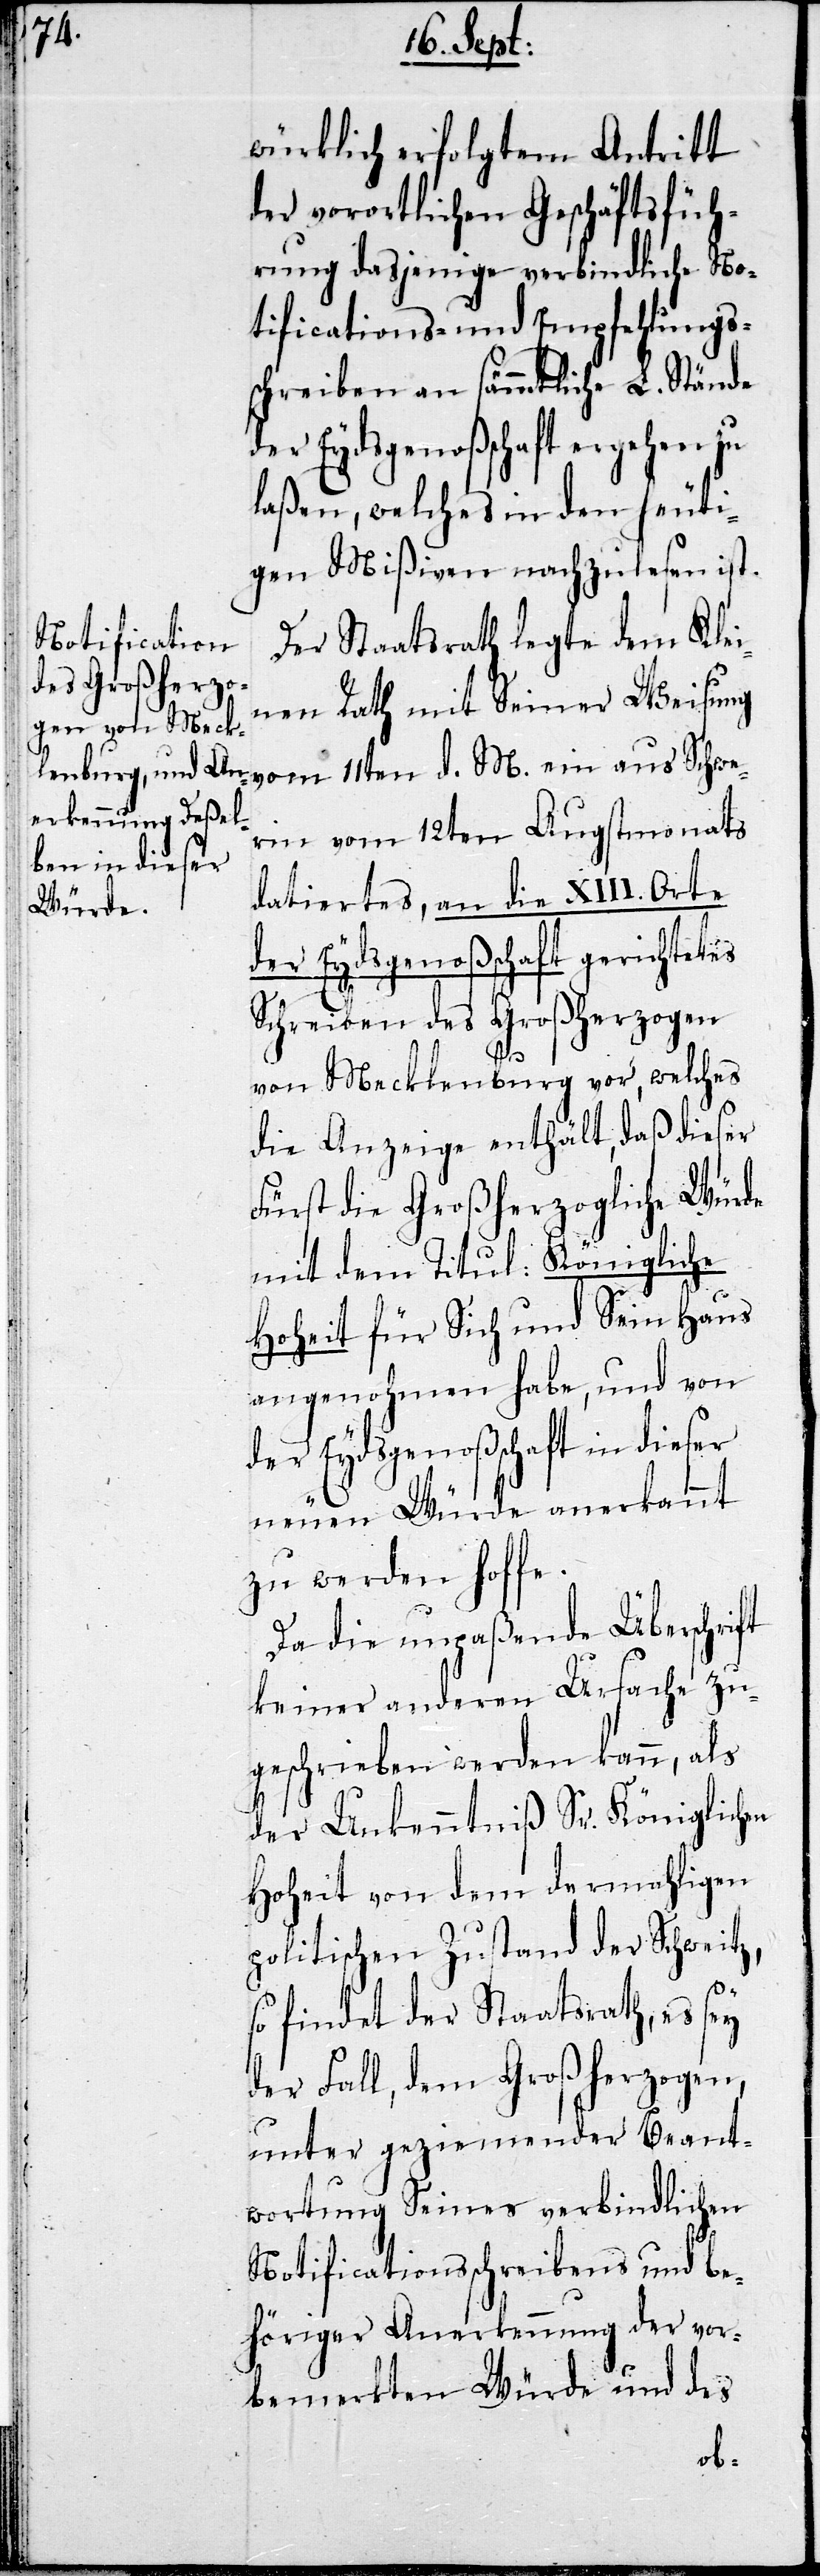
würklich erfolgten Antritt
der vorortlichen Geschäftsfüh¬
rung dasjenige verbindliche No¬
tifications- und Empfehlungs¬
schreiben an sämmtliche L.Stände
laßen, welches in den heuti¬
gen Mißiven nachzulesen ist.
Der Staatsrath legte dem klei¬
nen Rath mit Seiner Weisung
ein aus Schwe¬
rin vom 12ten Augstmonats
datiertes, an die XIII. Orte
der Eydsgenoßenschaft gerichtetes
Schreiben des Großherzogen
von Mecklenburg vor, welches
die Anzeige enthält, daß dieser
Fürst die Großherzogliche Würde
mit dem Titul Königliche
Hoheit für Sich und Sein Haus
angenohmen habe, und von
der Eydsgenoßenschaft in dieser
neuen Würde anerkannt
zu werden hoffe.
Da diese unpaßende Überschrift
keiner anderen Ursache zu¬
geschrieben werden kann, als
der Unkenntnis Sr. Königlichen
Hoheit von dem dermahligen
politischen Zustand der Schweitz,
so findet der Staatsrath, es sey
der Fall, dem Großherzogen,
unter geziemender Beant¬
wortung Seines verbindlichen
Notificationsschreibens und be¬
höriger Anerkennung der vor¬
bemerkten Würde und des